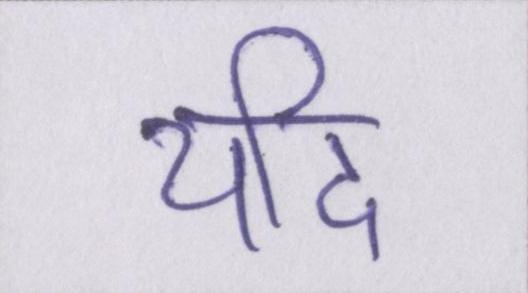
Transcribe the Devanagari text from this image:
यदि